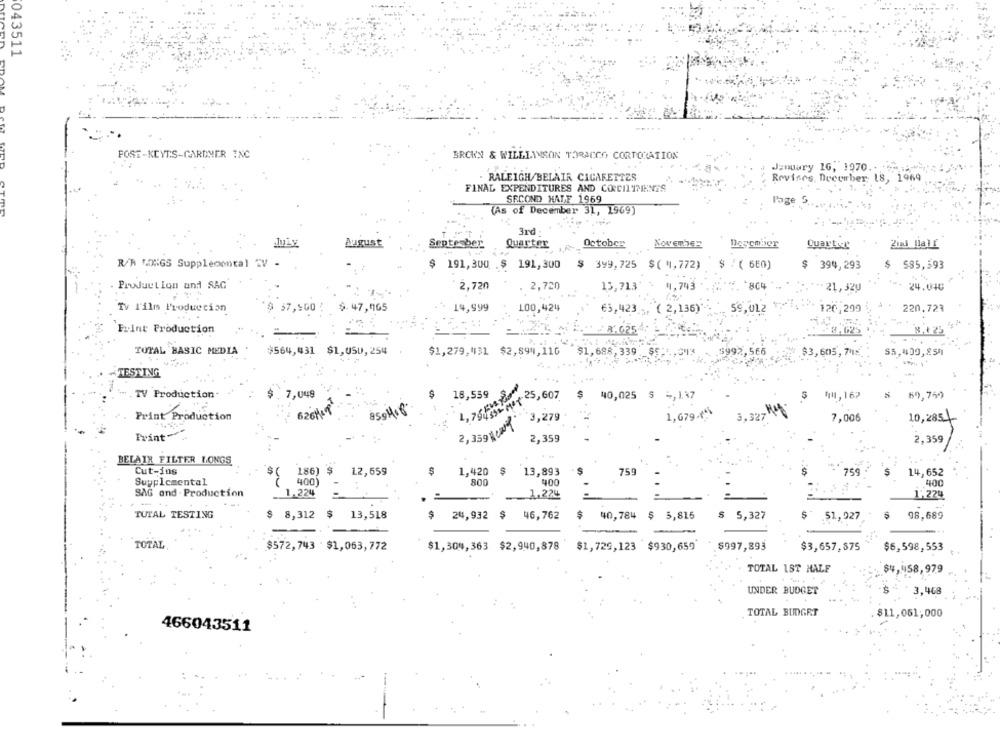
043511
POST-KEYTS-GARDNER INC
BROWN & WILLIAMSON TORACCO CORPORATION
January 16, 1970. .
- RALEIGH/BELAIR CIGARETTES
Revises, December 18, 1969
FINAL EXPENDITURES AND CONCILIMENTS
SECOND HALF 1969
Page S.
(As of December 31, 1969)
3rd
August
September
Quarter
October
November
R/A LONGS Supplemental TV -
$ 191,300 .$ 191,300
191,300
$ 399,725 $( ",772)
$ ! ( 6E0)
$ 394,293
$85,593
Production und SAG
2,720
4,743
* * 804
. 2,720
15,713
21,320
24.040
Ty l'ilm Produccion
37,900
14,999
100,424
120,299
220,723
$.47,065
63,423 ;, ( 2,136)
59,01.2
Frint Production
X.625
8.+ 23
TOTAL BASIC MEDIA
$564,431 $1,050,254
$1,279,431 $2,894,110
$1,688,339
$5
$3,605,748
$5,400,854
997,
TESTING
TV Production.
7,049
18,539
4.76Ft 25,607
$ 40,025 S -, 137
$14,167
69,759
859H18
Print Production
3,279
1,679-fª\
3,327
7,006
10,2854
2, 359 carl
Print
2,359
2,359
BELAIR FILTER LONGS
Cut-ins
$( 186) $
12,659
1,420 $ 13,893
759
759
14,652
400
Supplemental
( 400)
800
400
SAG and - Production
.1.224
1.224
1'224
-
TUTAL TESTING
$ 8,312 $ 13,518
24,932
$ 46,762
$
40,784 $ 5,815
5,327
$ "
.51,927
98,689
TOTAL
$572,743 $1,063,772
$1,304,363 $2,940,878 $1,729,123 $930,659
* $997,893
$3,657,575
$6,598,553
TOTAL 1ST HALF
$4,458,979
UNDER BUDGET
3,468
TOTAL BIDGRT
$11,051,000
466043511